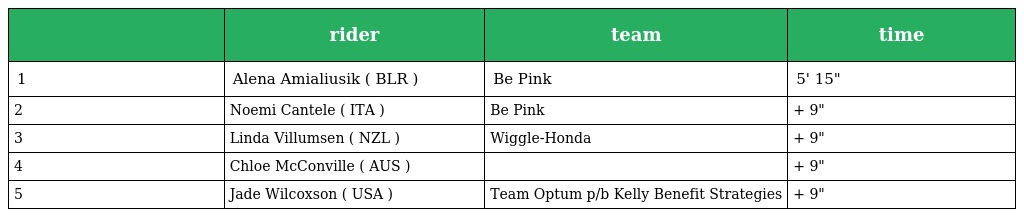
|  | rider | team | time |
 | --- | --- | --- | --- |
 | 1 | Alena Amialiusik ( BLR ) | Be Pink | 5' 15" |
 | 2 | Noemi Cantele ( ITA ) | Be Pink | + 9" |
 | 3 | Linda Villumsen ( NZL ) | Wiggle-Honda | + 9" |
 | 4 | Chloe McConville ( AUS ) |  | + 9" |
 | 5 | Jade Wilcoxson ( USA ) | Team Optum p/b Kelly Benefit Strategies | + 9" |